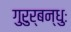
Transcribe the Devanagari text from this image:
गुरुर्बन्धुः